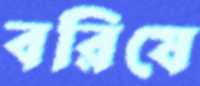
বরিষে